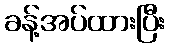
ခန့်အပ်ထားပြီး